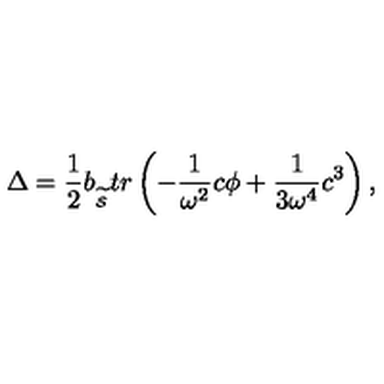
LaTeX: \Delta = \frac 1 2 b _ { _ { \widetilde { { \cal S } } } } t r \left( - \frac 1 { \omega ^ { 2 } } c \phi + \frac 1 { 3 \omega ^ { 4 } } c ^ { 3 } \right) ,